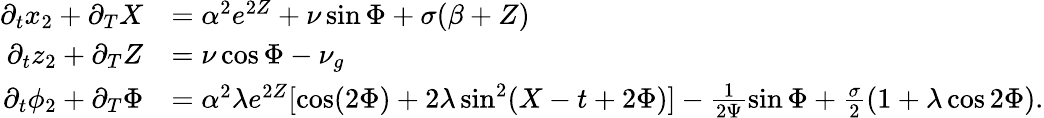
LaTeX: \begin{array}{rl}{\partial_{t}x_{2}+\partial_{T}X}&{=\alpha^{2}e^{2Z}+\nu\sin\Phi+\sigma(\beta+Z)}\\ {\partial_{t}z_{2}+\partial_{T}Z}&{=\nu\cos\Phi-\nu_{g}}\\ {\partial_{t}\phi_{2}+\partial_{T}\Phi}&{=\alpha^{2}\lambda e^{2Z}[\cos(2\Phi)+2\lambda\sin^{2}(X-t+2\Phi)]-\frac{1}{2\Psi}\sin\Phi+\frac{\sigma}{2}(1+\lambda\cos 2\Phi).}\end{array}